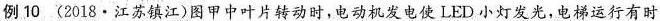
例10(2018·江苏镇江)图甲中叶片转动时，电动机发电使LED小灯发光，电梯运行有时